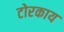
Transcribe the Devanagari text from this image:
टोरकाय